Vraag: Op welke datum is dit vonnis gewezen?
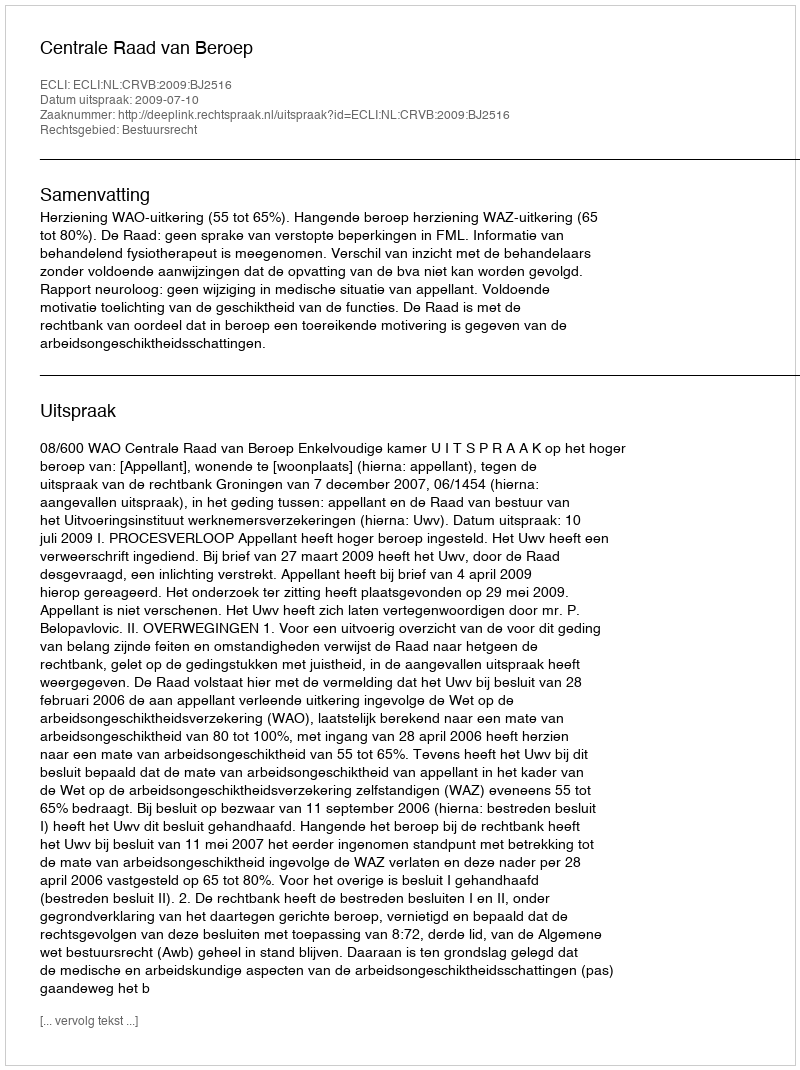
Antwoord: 2009-07-10